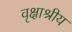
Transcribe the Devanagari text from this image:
वृक्षाश्रीय